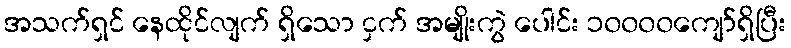
အသက်ရှင် နေထိုင်လျက် ရှိသော ငှက် အမျိုးကွဲ ပေါင်း ၁၀၀၀၀ကျော်ရှိပြီး